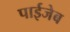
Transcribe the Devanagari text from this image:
पाईजेब